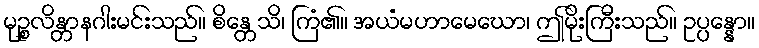
မုဉ္စလိန္တာနဂါးမင်းသည်။ စိန္တေသိ၊ ကြံ၏။ အယံမဟာမေဃော၊ ဤမိုးကြီးသည်။ ဥပ္ပန္နော။